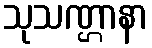
သုသဏ္ဌာနာ